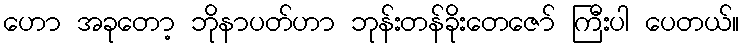
ဟော အခုတော့ ဘိုနာပတ်ဟာ ဘုန်းတန်ခိုးတေဇော် ကြီးပါ ပေတယ်။